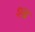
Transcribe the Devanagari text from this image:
श्‍व